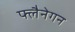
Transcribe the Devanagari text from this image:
फ्लैनेगन